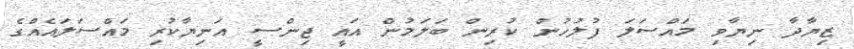
ޒިޔާދާ ނިޔާވި މައްސަލަ ފުލުހުން ކުރިން ބަލަމުން އައީ ޖިންސީ އަނިޔާކުރި މައްސަލައެއްގެ